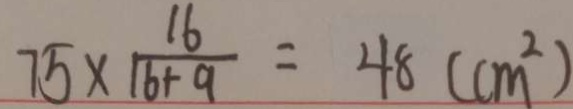
7 5 \times \frac { 1 6 } { 1 6 + 9 } = 4 8 ( c m ^ { 2 } )